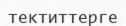
тектиттерге